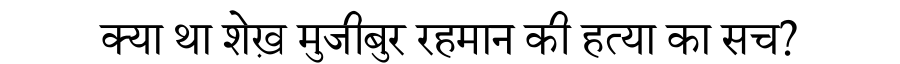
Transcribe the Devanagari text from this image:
क्या था शेख़ मुजीबुर रहमान की हत्या का सच?